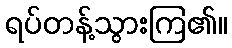
ရပ်တန့်သွားကြ၏။